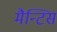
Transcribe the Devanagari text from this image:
मैन्टिस